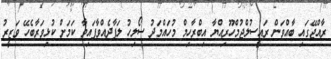
ރާއްޖޭގައި ބާއްވަން ރައީސުލްޖުމްހޫރިއްޔާ އިބްރާހިމް މުހައްމަދު ސޯލިހު ލަފާދެއްވާފައިވާ ކަމަށް ކުޅިވަރާބެހޭ ވަޒީރު